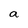
Character: a